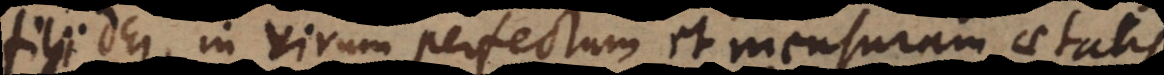
Dei, in virum perfectum et mensuram aetatis